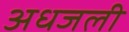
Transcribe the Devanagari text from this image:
अधजली